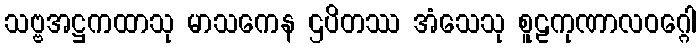
သဗ္ဗအဋ္ဌကထာသု မာသကေန ဌပိတဿ အံသေသု စူဠကုဏာလဝဂ္ဂေါ